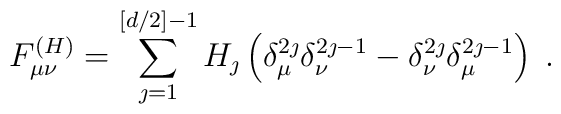
F^{(H)}_{\mu \nu} = \sum_{\jmath=1}^{[d/2]-1} H_\jmath    \left(\delta_\mu^{2\jmath}\delta_{\nu}^{2\jmath-1} -    \delta^{2\jmath}_\nu \delta_\mu^{2\jmath-1}\right)\;.